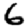
Digit: 6